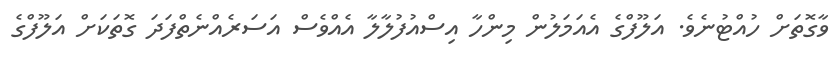
ވާގޮތަށް ހުއްޓުނެވެ. އަލޫފްގެ އެއަމަލުން މިންހާ އިސްއުފުލާލާ އެއްވެސް އަސަރެއްނެތްފަދަ ގޮތަކަށް އަލޫފްގެ